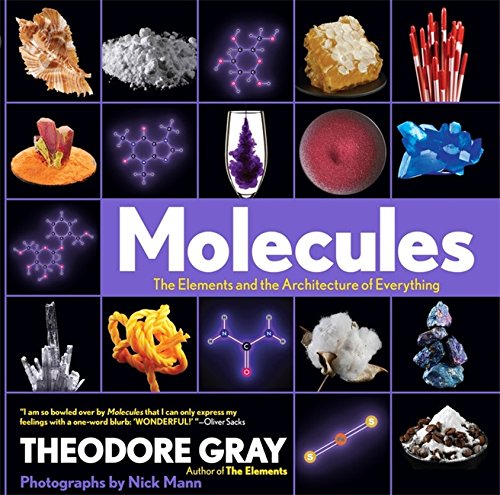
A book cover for Molecules: The Elements and the Architecture of Everything; Theodore Gray; Science & Math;